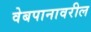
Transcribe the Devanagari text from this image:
वेबपानावरील